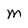
Character: M